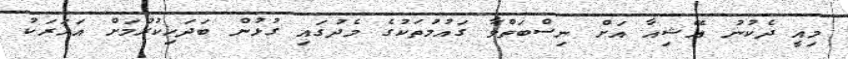
މިއީ ދެކުނު އޭޝިއާ އަށް ނިސްބަތްވާ ގައުމުތަކުގެ މެދުގައި ގުޅުން ބަދަހިކުރުމަށް އަހަރަކު